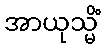
အာယုသ္မိံ